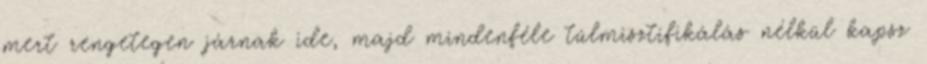
mert rengetegen járnak ide, majd mindenféle túlmisztifikálás nélkül kapsz